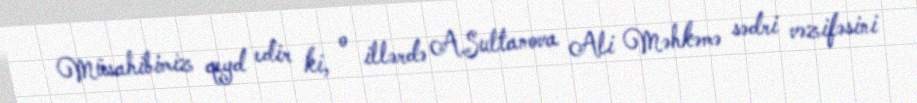
Müsahibimiz qeyd edir ki, o illərdə A.Sultanova Ali Məhkəmə sədri vəzifəsini